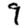
Digit: 9